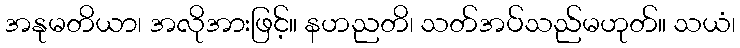
အနုမတိယာ၊ အလိုအားဖြင့်။ နဟညတိ၊ သတ်အပ်သည်မဟုတ်။ သယံ၊